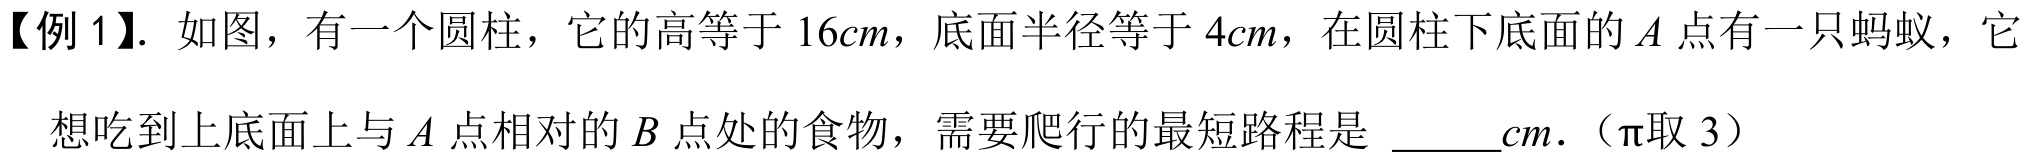
【例 1】. 如图，有一个圆柱，它的高等于 \(16cm\)，底面半径等于 \(4cm\)，在圆柱下底面的 \(A\) 点有一只蚂蚁，它
想吃到上底面上与 \(A\) 点相对的 \(B\) 点处的食物，需要爬行的最短路程是 \(\underline{\quad\quad}cm\).（\(\pi\)取 \(3\)）